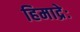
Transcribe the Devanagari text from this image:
हिमाद्रेः